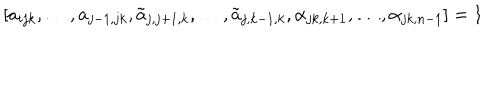
[ a _ { i j k } , \dots , a _ { j - 1 , j k } , \tilde { a } _ { j , j + 1 , k } , \dots , \tilde { a } _ { j , k - 1 , k } , \alpha _ { j k , k + 1 } , \dots , \alpha _ { j k , n - 1 } ] = 1